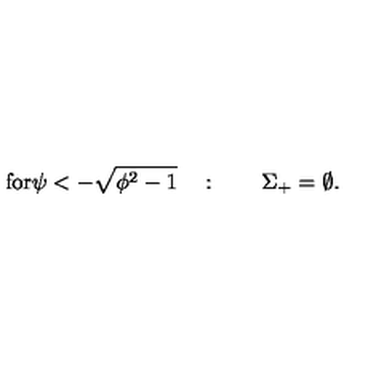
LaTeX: \mathrm { f o r \psi < - \sqrt { \phi ^ 2 - 1 } } \quad : \qquad \Sigma _ { + } = \emptyset .